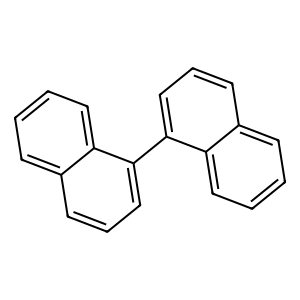
SMILES: c1ccc2c(-c3cccc4ccccc34)cccc2c1
Inhibits HIV replication: No